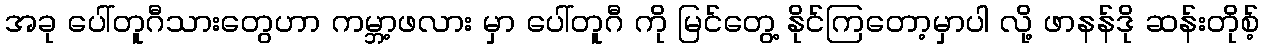
အခု ပေါ်တူဂီသားတွေဟာ ကမ္ဘာ့ဖလား မှာ ပေါ်တူဂီ ကို မြင်တွေ့ နိုင်ကြတော့မှာပါ လို့ ဖာနန်ဒို ဆန်းတိုစ့်